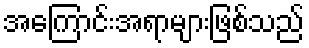
အကြောင်းအရာများဖြစ်သည်